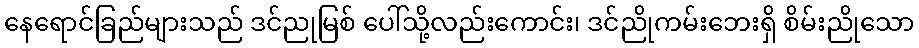
နေရောင်ခြည်များသည် ဒင်ညုမြစ် ပေါ်သို့လည်းကောင်း၊ ဒင်ညိုကမ်းဘေးရှိ စိမ်းညိုသော